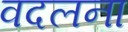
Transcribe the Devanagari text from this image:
वदलना